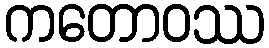
ကတောဝဿ